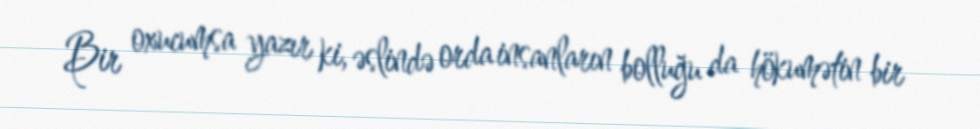
Bir oxucumsa yazır ki, əslində orda insanların bolluğu da hökumətin bir